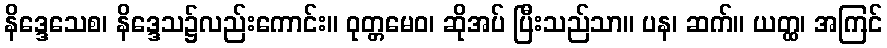
နိဒ္ဒေသေစ၊ နိဒ္ဒေသ၌လည်းကောင်း။ ဝုတ္တမေဝ၊ ဆိုအပ် ပြီးသည်သာ။ ပန၊ ဆက်။ ယတ္ထ၊ အကြင်